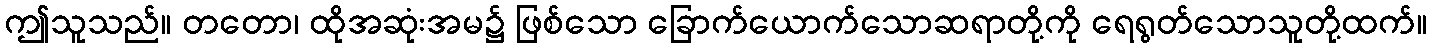
ဤသူသည်။ တတော၊ ထိုအဆုံးအမ၌ ဖြစ်သော ခြောက်ယောက်သောဆရာတို့ကို ရေရွတ်သောသူတို့ထက်။